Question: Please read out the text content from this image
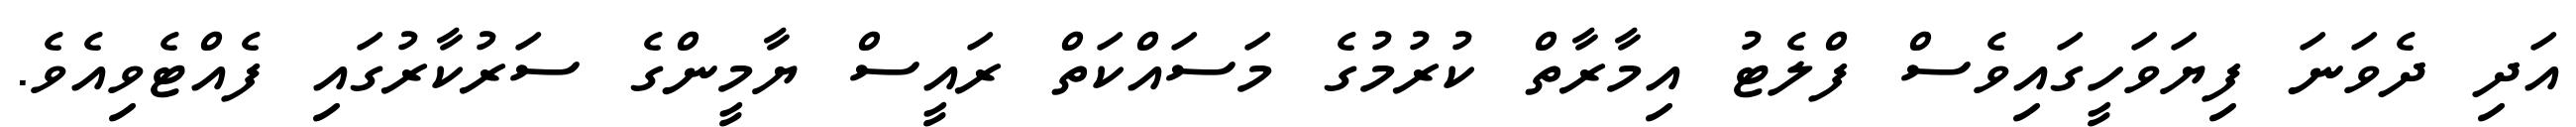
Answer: އަދި ދެވަނަ ފިޔަވަހީގައިވެސް ފްލެޓު އިމާރާތް ކުރުމުގެ މަސައްކަތް ރައީސް ޔާމީންގެ ސަރުކާރުގައި ފެއްޓެވިއެވެ.